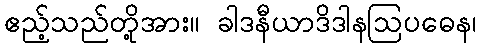
ဧည့်သည်တို့အား။ ခါဒနီယာဒိဒါနဩပဓေန၊